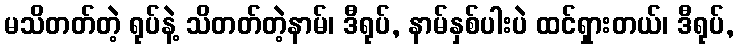
မသိတတ်တဲ့ ရုပ်နဲ့ သိတတ်တဲ့နာမ်၊ ဒီရုပ်, နာမ်နှစ်ပါးပဲ ထင်ရှားတယ်၊ ဒီရုပ်,